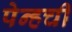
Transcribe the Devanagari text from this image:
पेन्हची